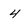
Character: 4